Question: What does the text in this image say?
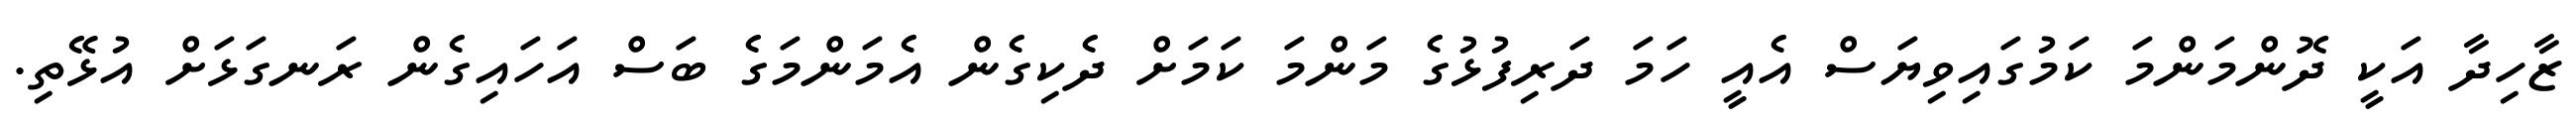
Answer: ޒާހިދާ އަކީ ދޮންމަންމަ ކަމުގައިވިޔަސް އެއީ ހަމަ ދަރިފުޅުގެ މަންމަ ކަމަށް ދެކިގެން އެމަންމަގެ ބަސް އަހައިގެން ރަނގަޅަށް އުޅޭތި.